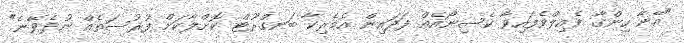
"އޭނާ ހިންގާ ފެއިލްވެފައިވާ ކެސިނޯއެއް ފަދައިން އެމެރިކާ ބަނގްރޫޓް ކޮށްލާކަށް ފުރުސަތެއް ނުދެވޭނެ"